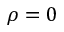
\rho = 0